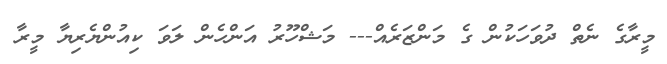
މީރާގެ ނެތް ދުވަހަކުން ގެ މަންޒަރެއް--- މަޝްހޫރު އަންހެން ލަވަ ކިއުންޔެރިޔާ މީރާ